65_HS1-834228961_62-HQ-83894_Section_9
Agency: FBI
Page 34
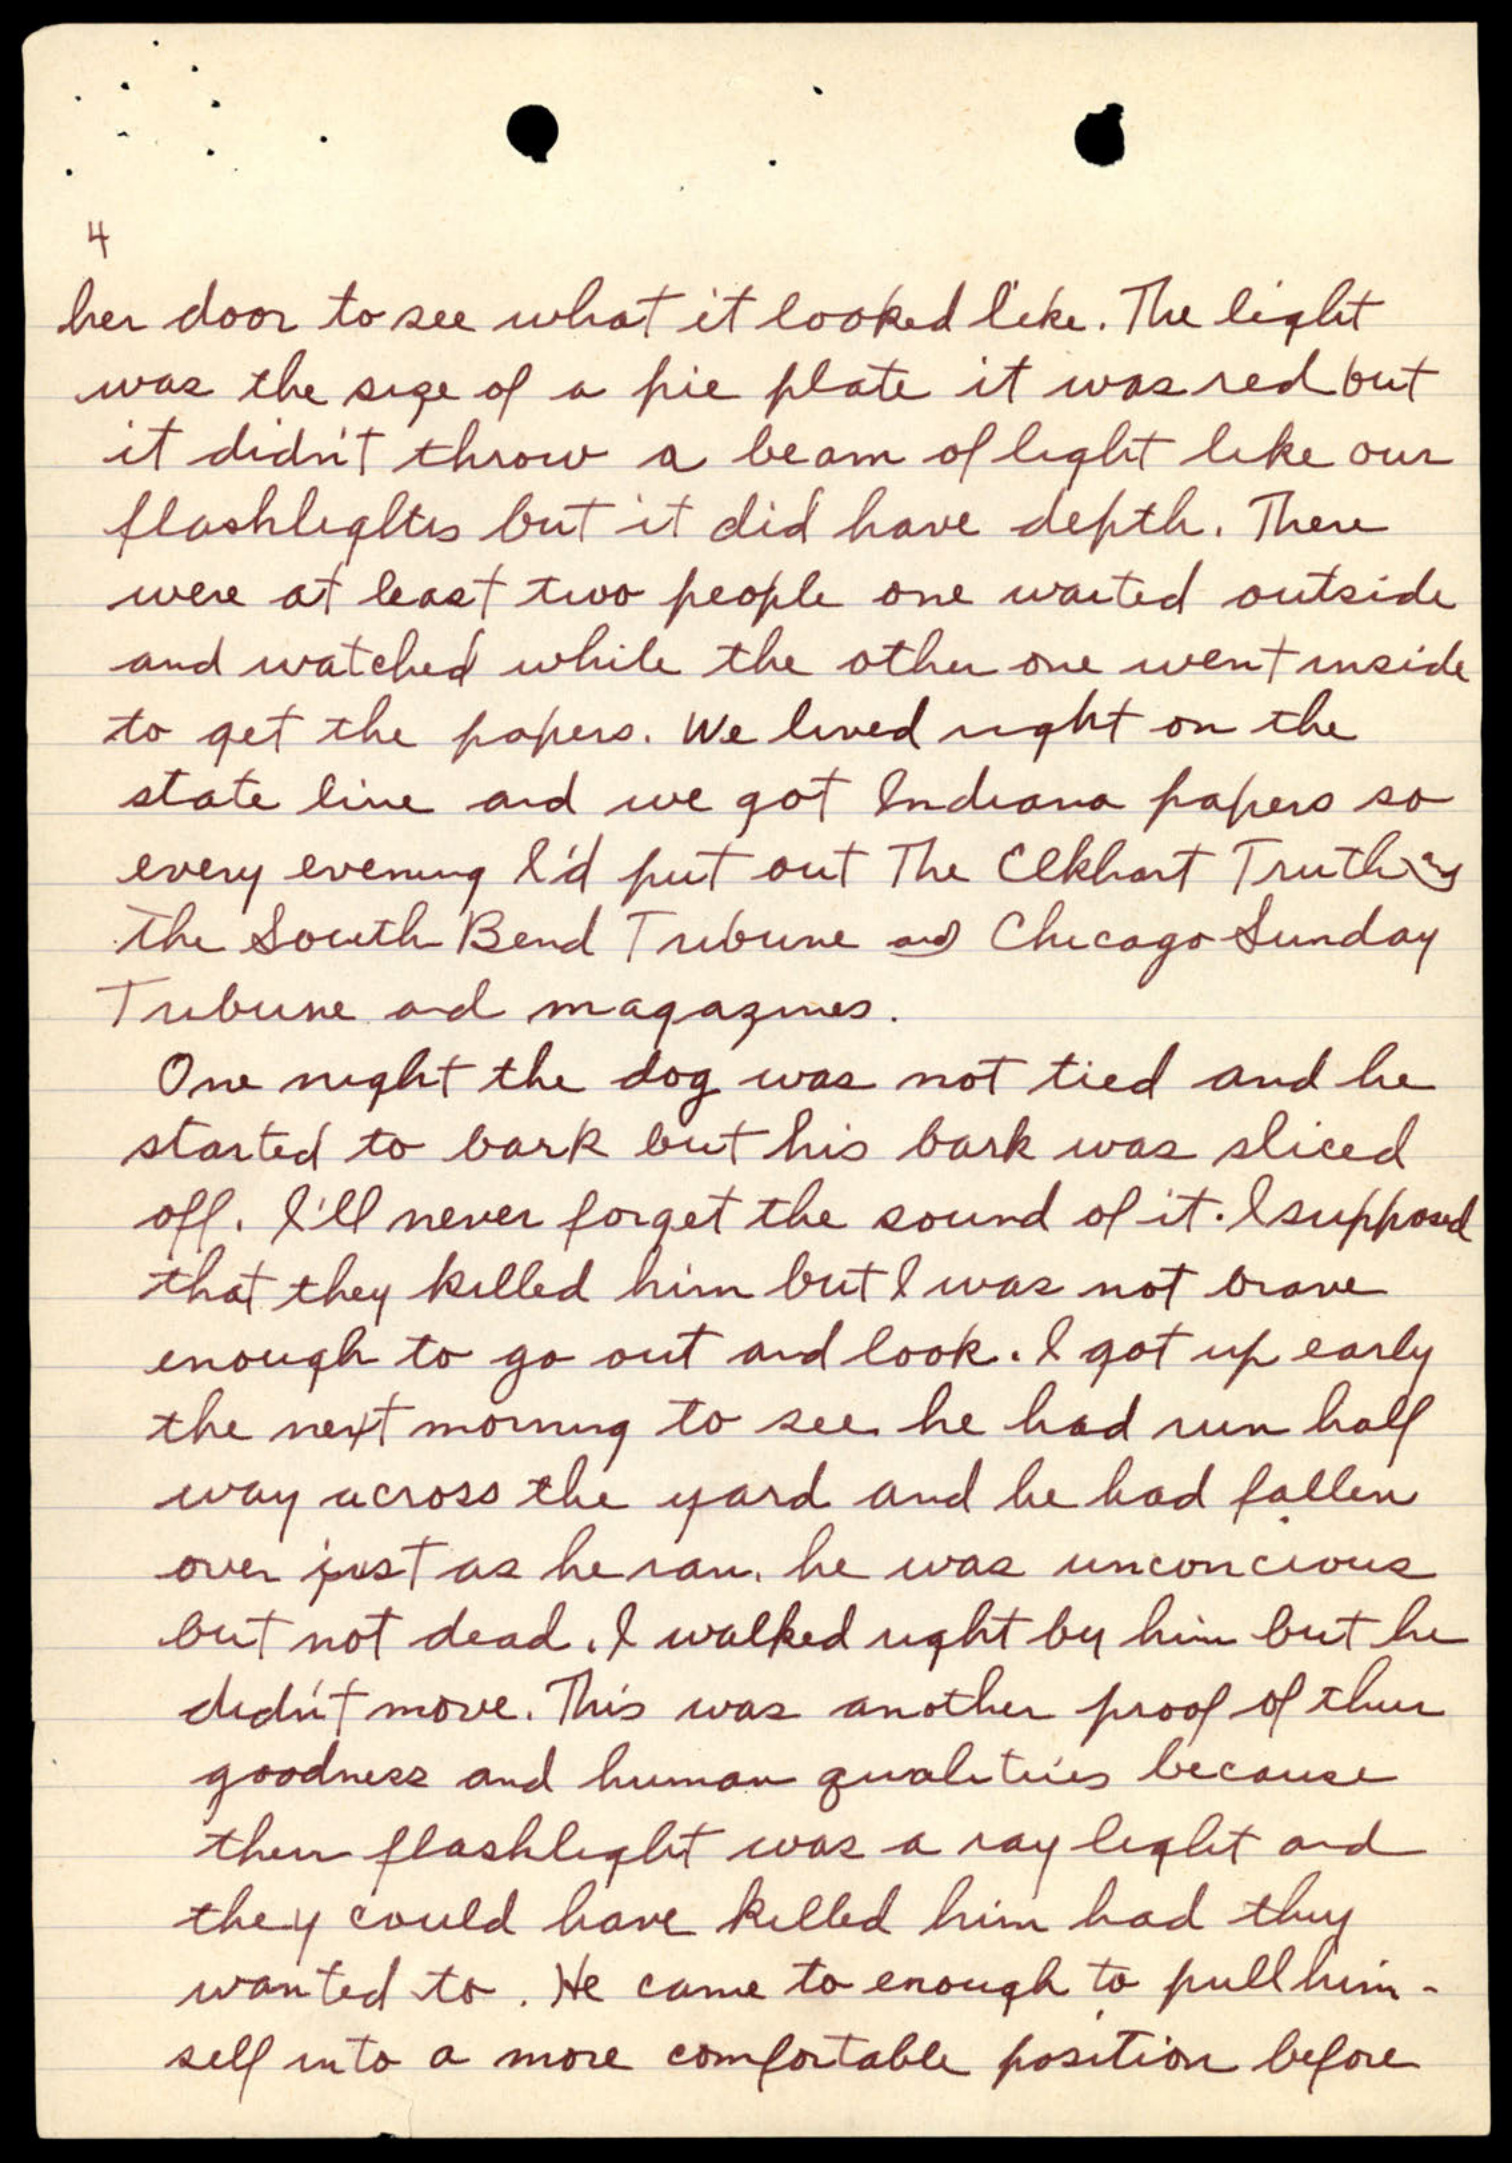